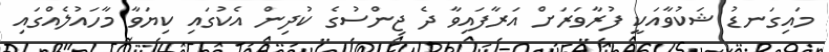
މައިގަނޑު ޝަކުވާއަކީ ފުރާވަރަށް އަރާފައިވާ ދެ ޖިންސުގެ ކުދިން އެކުގައި ކިޔަވާ މާހައުލެއްގައި